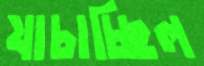
যাচাচ্ছিল